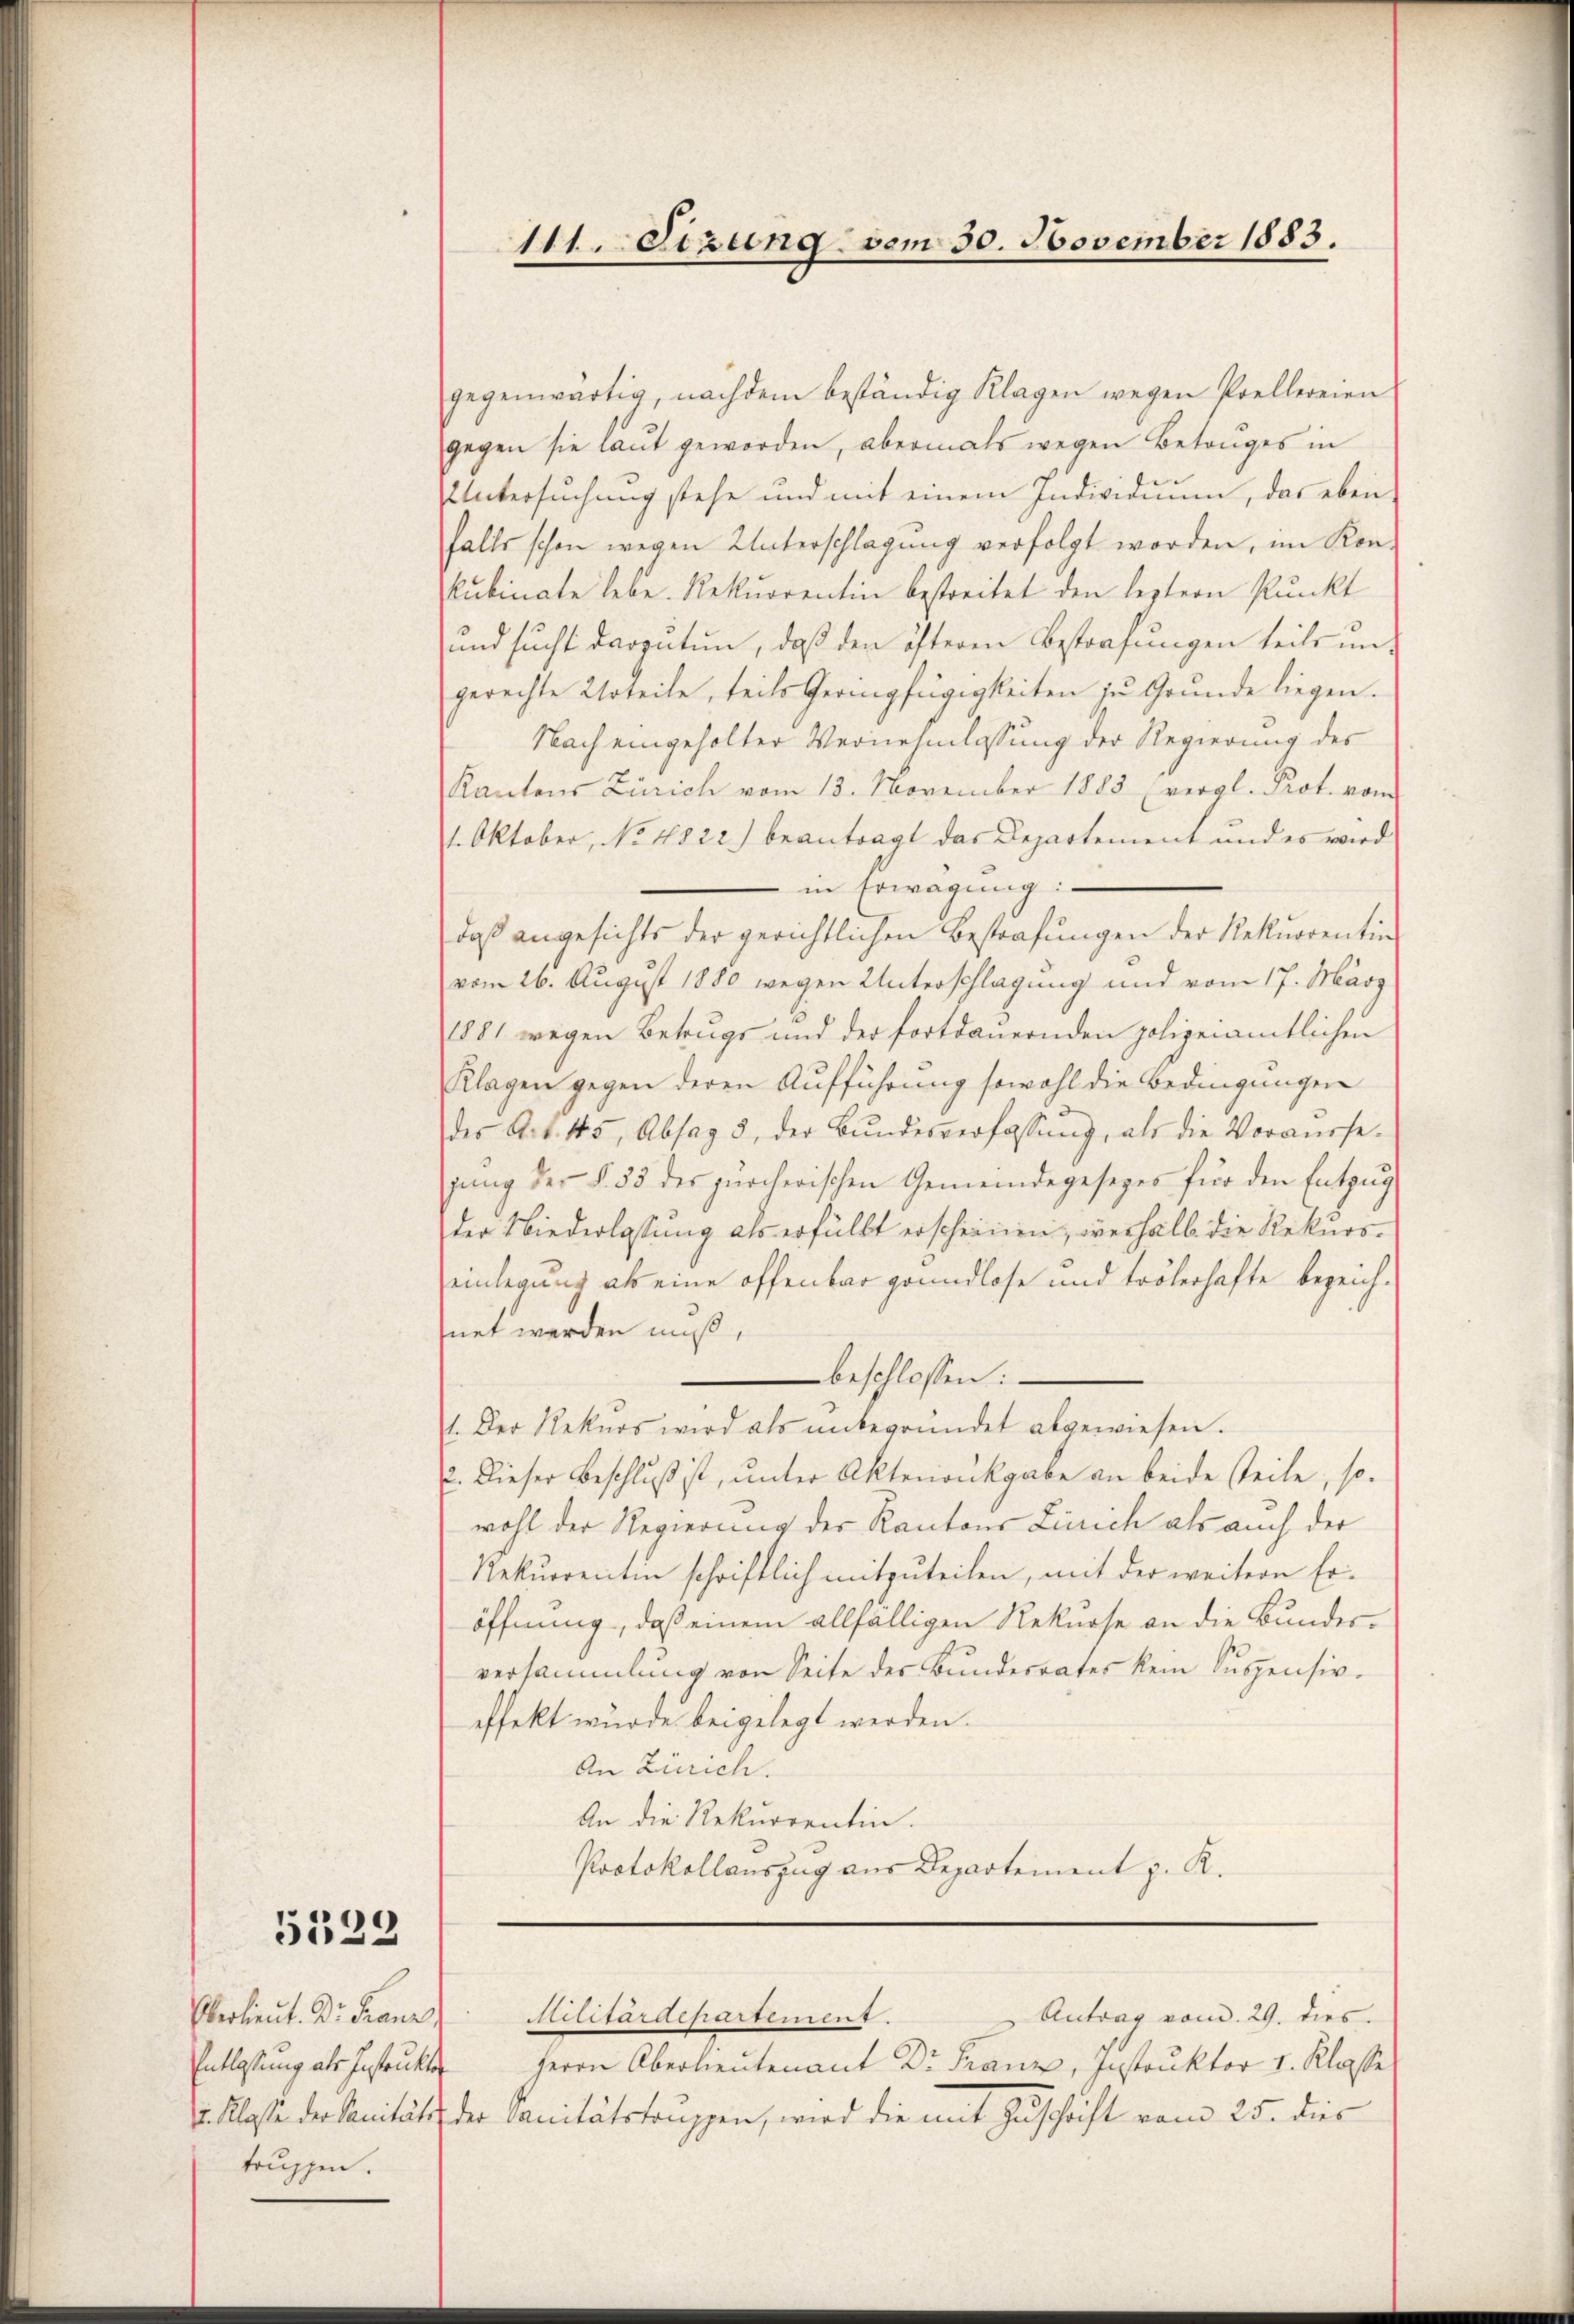
5329

gegenwärtig, nachdem beständig Klagen wegen Prellereien
gegen sie laut geworden, abermals wegen Betruges in
UUntersuchung stehe und mit einem Individuum, das eben
falls schon wegen Unterschlagung verfolgt worden, im Kon-
kubinate lebe. Rekurrentin bestreitet den leztern Punkt
und sucht darzutun, daß den öfteren Bestrafungen teils ungerechte Urteile, teils Geringfügigkeiten zu Grunde liegen.
Nach eingeholter Vernehmlassung der Regierung des
Kantons Zürich vom 13. November 1883 (vergl. Prot. vom
1. Oktober, No. 4822) beantragt das Departement und es wird
in Erwägung:
daβ angesichts der gerichtlichen Bestrafŭngen der Rekurrentin
vom 26. August 1880 wegen Unterschlagung und vom 17. März
1881 wegen Betrugs und der fortdauernden polizeiamtlichen
Klagen gegen deren Aufführung sowohl die Bedingungen
des Art. 145, Absag 5, der Bŭndesverfassŭng, als die Vorausse-
gŭng der §. 33 des zürcherischen Gemeindegesezes für den Entzŭg
der Niederlassung als erfüllt erschienen, weshalb die Rekurseinlegung als eine offenbar grundlose und trölerhafte bezeich-
net werden muß,
beschlossen:
1. Der Rekurs wird als ŭnbegründet abgewiesen.
E. Dieser Beschluß ist, unter Aktenonkgabe an beide steile, so-
wohl der Regierung der Kantons Zürich als auch der
Rekurrentin schriftlich mitzŭteilen, mit der weitern Er-
öffnung, daß einem allfälligen Rekurse an die Bundesversammlung von Seite des Bundesrates kein Suspensiv-
effekt wurde beigelegt werden.
An Zürich.
An die Rekurrentin.
Protokollauszug aus Departement z. R.

Oberlieut. Dr. Franz,
Entlassung als Instrukten
truppen.

111. Sizung vom 30. November 1883.

Kietardepartement.

Antrag vom 29. dies
Herrn Oberlieutenant Dr. Franz, Instruktor I. Klasse
zu. Klasse der Sanität der Sanitätstruppen, wird die mit Zuschrift vom 25. dies